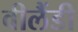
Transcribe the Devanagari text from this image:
वीलैंडी